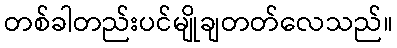
တစ်ခါတည်းပင်မျိုချတတ်လေသည်။